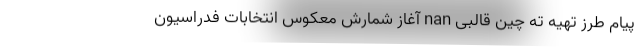
پیام طرز تهیه ته چین قالبی nan آغاز شمارش معکوس انتخابات فدراسیون